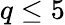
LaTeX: q\leq 5